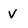
Character: v